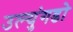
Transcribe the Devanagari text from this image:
उल्युंगडो